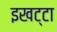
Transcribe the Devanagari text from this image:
इखट्टा